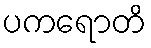
ပကရောတိ